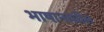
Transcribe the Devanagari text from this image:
भाषानाधील